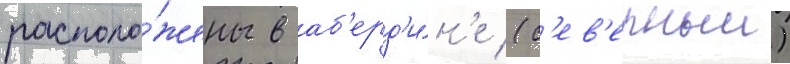
располо́жены в аб'ерд'и́н'е (с'ев'ерныи)